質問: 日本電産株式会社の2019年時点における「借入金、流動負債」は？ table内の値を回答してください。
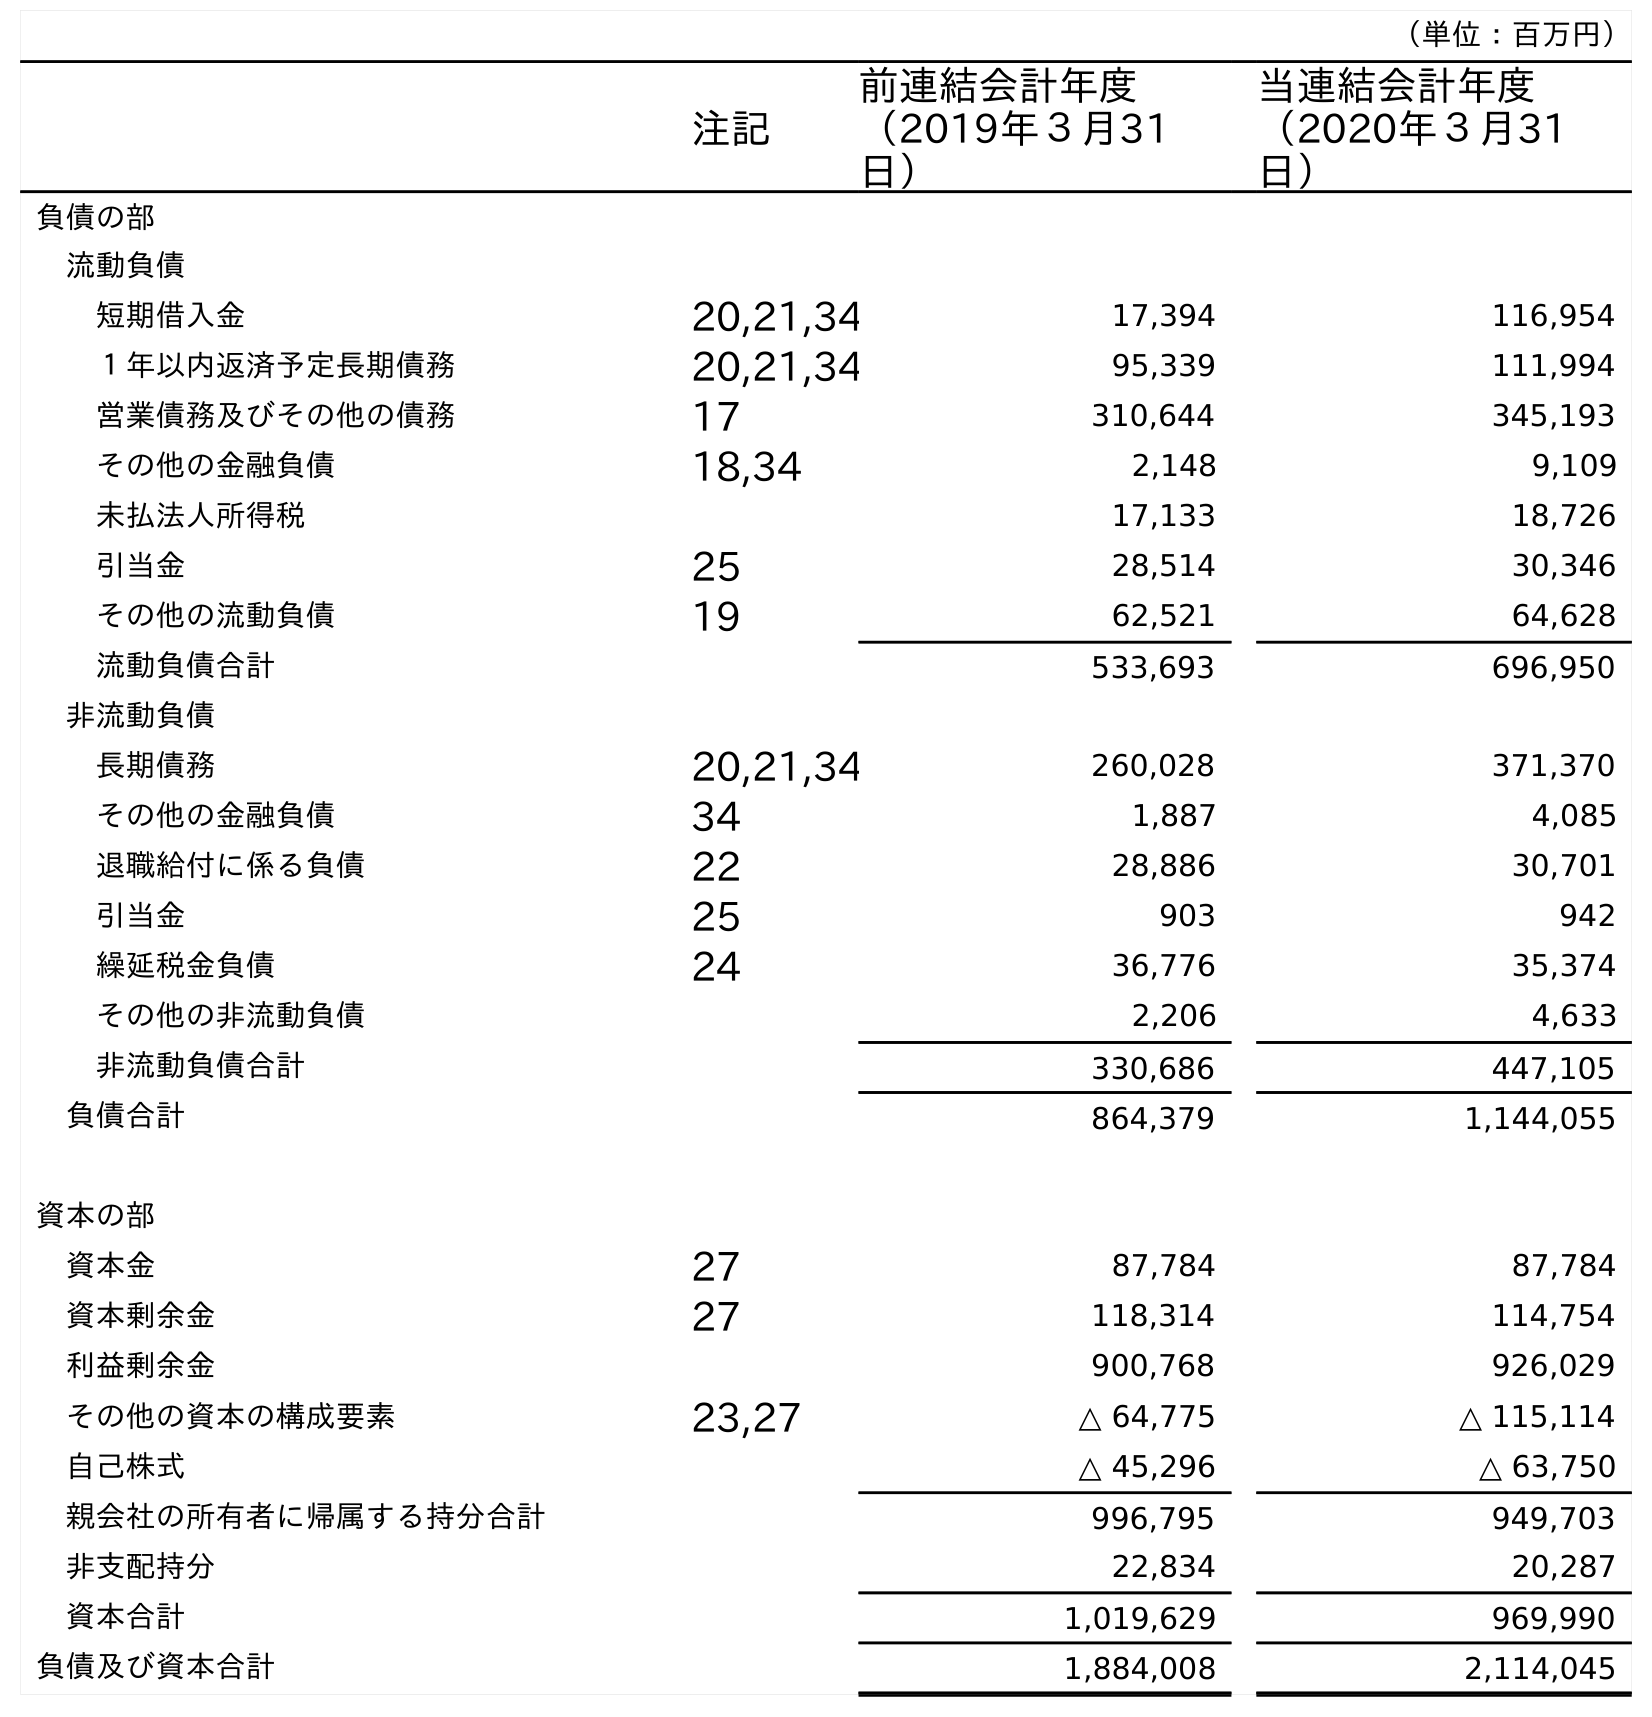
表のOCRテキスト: （単位：百万円） 注記 前連結会計年度 （2019年３月31 日） 当連結会計年度 （2020年３月31 日） 負債の部 流動負債 短期借入金 20,21,34 17,394 116,954 １年以内返済予定長期債務 20,21,34 95,339 111,994 営業債務及びその他の債務 17 310,644 345,193 その他の金融負債 18,34 2,148 9,109 未払法人所得税 17,133 18,726 引当金 25 28,514 30,346 その他の流動負債 19 62,521 64,628 流動負債合計 533,693 696,950 非流動負債 長期債務 20,21,34 260,028 371,370 その他の金融負債 34 1,887 4,085 退職給付に係る負債 22 28,886 30,701 引当金 25 903 942 繰延税金負債 24 36,776 35,374 その他の非流動負債 2,206 4,633 非流動負債合計 330,686 447,105 負債合計 864,379 1,144,055 資本の部 資本金 27 87,784 87,784 資本剰余金 27 118,314 114,754 利益剰余金 900,768 926,029 その他の資本の構成要素 23,27 △ 64,775 △ 115,114 自己株式 △ 45,296 △ 63,750 親会社の所有者に帰属する持分合計 996,795 949,703 非支配持分 22,834 20,287 資本合計 1,019,629 969,990 負債及び資本合計 1,884,008 2,114,045
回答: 17,394